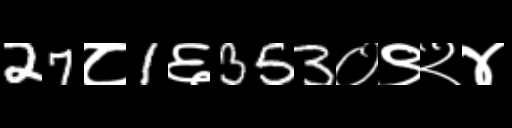
Text: 27८1६353०९२४